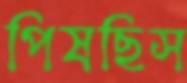
পিষছিস